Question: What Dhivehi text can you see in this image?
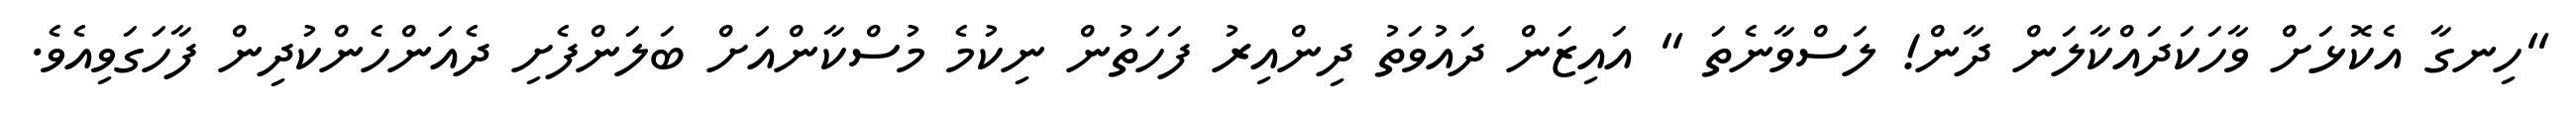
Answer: "ހިނގާ އެކޮޅަށް ވާހަކަދައްކާލަން ދާން! ލަސްވާނެތަ " އައިޒަން ދައުވަތު ދިންއިރު ފަހަތުން ނިކުމެ މުސްކާންއަށް ބަލަންފެށި ދެއަންހެންކުދިން ފާހަގަވިއެވެ.